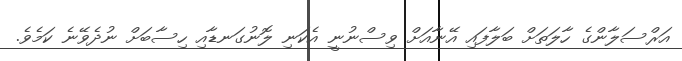
އަރްސަލާންގެ ހާލަތަށް ބަލާފައި އޭނާއަށް ވިސްނުނީ އެކަނި ލޮނުގަނޑާއި ހިސާބަށް ނުދެވޭނެ ކަމެވެ.